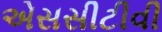
એસસીટીવી